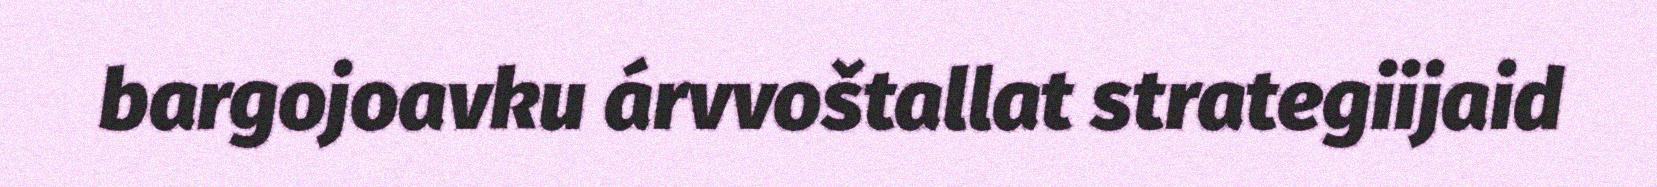
bargojoavku árvvoštallat strategiijaid